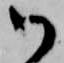
御